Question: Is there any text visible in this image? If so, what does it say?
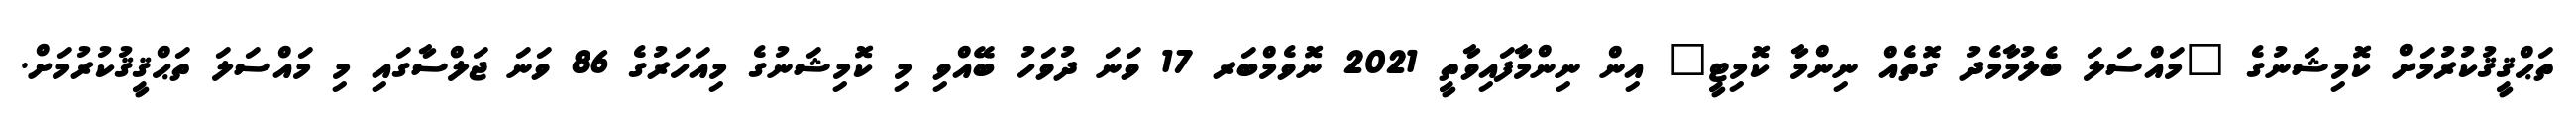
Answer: ތަޙްޤީޤުކުރުމަށް ކޮމިޝަނުގެ "މައްސަލަ ބެލުމާމެދު ގޮތެއް ނިންމާ ކޮމިޓީ" އިން ނިންމާފައިވާތީ 2021 ނޮވެމްބަރ 17 ވަނަ ދުވަހު ބޭއްވި މި ކޮމިޝަނުގެ މިއަހަރުގެ 86 ވަނަ ޖަލްސާގައި މި މައްސަލަ ތަޙްޤީޤުކުރުމަށް.